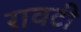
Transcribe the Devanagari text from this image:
रावटी